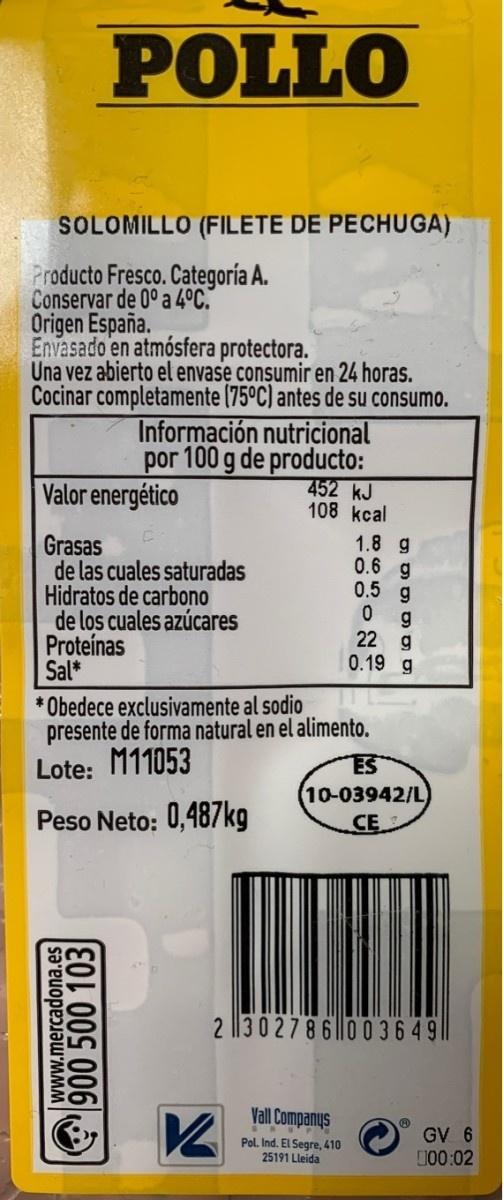
POLLO SOLOMILLO (FILETE DE PECHUGA) Producto Fresco. Categoría A. Conservar de 0° a 4°C. Origen España. Envasado en atmósfera protectora. Una vez abierto el envase consumir en 24 horas. Cocinar completamente (75ºC) antes de su consumo. Información nutricional por 100 g de producto: 452 kJ 108 kcal Valor energético Grasas de las cuales saturadas Hidratos de carbono de los cuales azúcares Proteínas Sal* 1.8 g 0.6 g 0.5 g 22 g 0.19 g * Obedece exclusivamente al sodio presente de forma natural en el alimento. Lote: M11053 ES Peso Neto: 0,487kg (10-03942/L CE 2 |13 02786||0 0 3649 Vall Companys Pol. Ind. El Segre, 410 25191 Lleida GV 6 100:02 www.mercadona.es 900 500 103